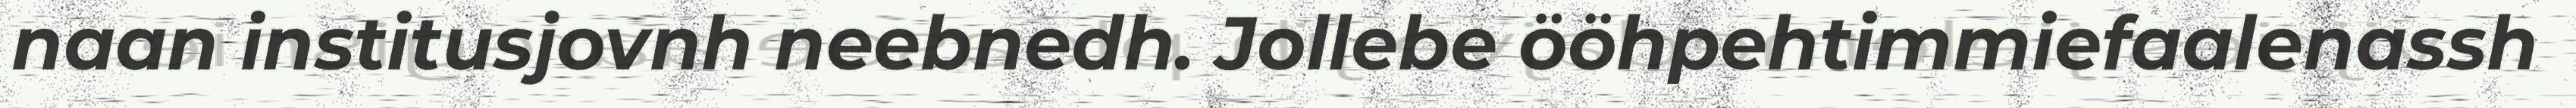
naan institusjovnh neebnedh. Jollebe ööhpehtimmiefaalenassh